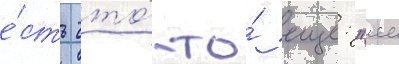
е́сть что́-то́ еще: "ее